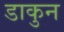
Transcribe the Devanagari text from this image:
डाकुन